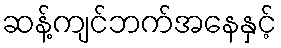
ဆန့်ကျင်ဘက်အနေနှင့်